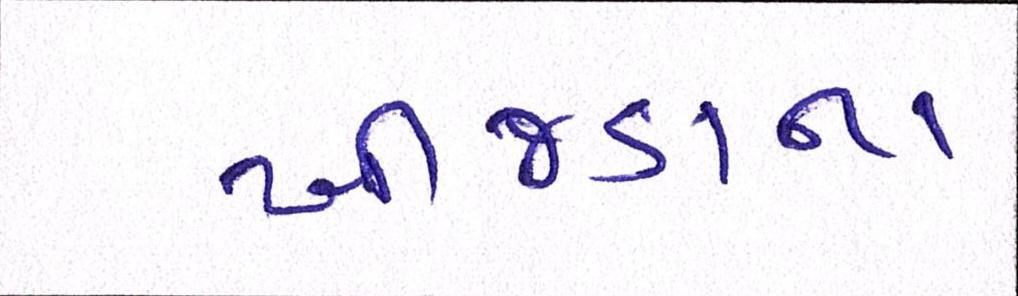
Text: ખીજડાના